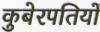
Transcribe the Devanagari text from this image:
कुबेरपतियों